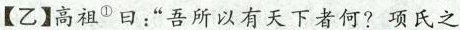
【乙】高祖^{①}曰：”吾所以有天下者何?项氏之